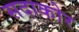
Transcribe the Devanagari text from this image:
सदाकोर